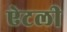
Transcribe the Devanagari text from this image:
ऐटली